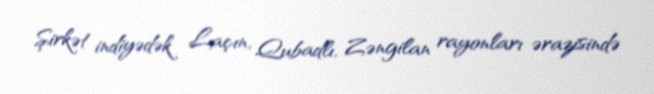
Şirkət indiyədək Laçın, Qubadlı, Zəngilan rayonları ərazisində